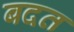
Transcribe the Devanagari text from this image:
बदत